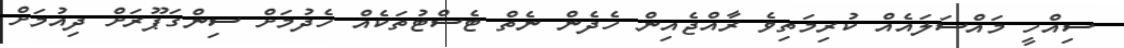
ސިއްހީ މައްސަލައެއް ކުރިމަތިވެ ރާއްޖެއިން ހެދެން ނެތް ޓެސްޓުތަކެއް ހެދުމަށް ސިންގަޕޫރަށް ދިއުމަށް